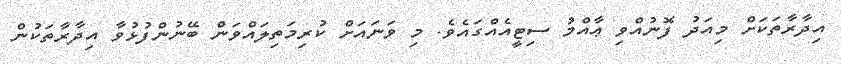
އިދާރާތަކަށް މިއަދު ފޮނުއްވި ޢާއްމު ސިޓީއެއްގައެވެ. މި ވަނައަށް ކުރިމަތިލައްވަން ބޭނުންފުޅުވާ އިދާރާތަކުން